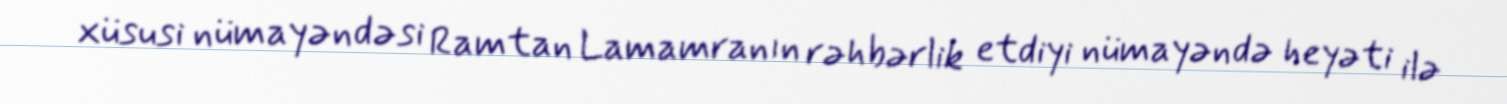
xüsusi nümayəndəsi Ramtan Lamamranın rəhbərlik etdiyi nümayəndə heyəti ilə